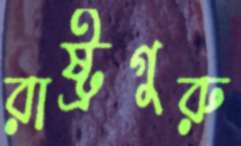
রাষ্ট্রগুরু